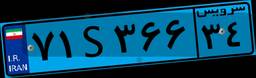
۹۲S۱۰۷۴۷